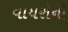
વાયરોનો